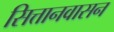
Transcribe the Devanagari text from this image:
सित्तानवासन